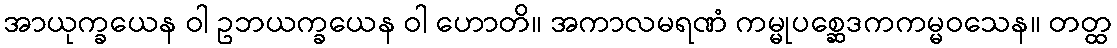
အာယုက္ခယေန ဝါ ဥဘယက္ခယေန ဝါ ဟောတိ။ အကာလမရဏံ ကမ္မုပစ္ဆေဒကကမ္မဝသေန။ တတ္ထ